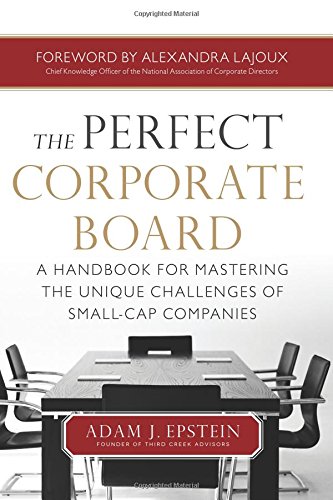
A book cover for The Perfect Corporate Board:  A Handbook for Mastering the Unique Challenges of Small-Cap Companies; Adam Epstein; Business & Money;